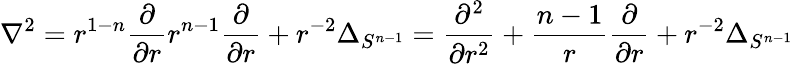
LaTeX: \nabla^{2}=r^{1-n}{\frac{\partial}{\partial r}}r^{n-1}{\frac{\partial}{\partial r}}+r^{-2}\Delta_{S^{n-1}}={\frac{\partial^{2}}{\partial r^{2}}}+{\frac{n-1}{r}}{\frac{\partial}{\partial r}}+r^{-2}\Delta_{S^{n-1}}